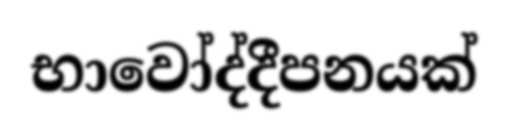
භාවෝද්දීපනයක්